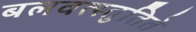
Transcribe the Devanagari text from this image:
बलवत्स्तुतिते